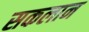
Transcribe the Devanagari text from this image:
सकलान